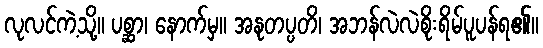
လုလင်ကဲ့သို့။ ပစ္ဆာ၊ နောက်မှ။ အနုတပ္ပတိ၊ အဘန်လဲလဲစိုးရိမ်ပူပန်ရ၏။